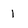
Character: 1